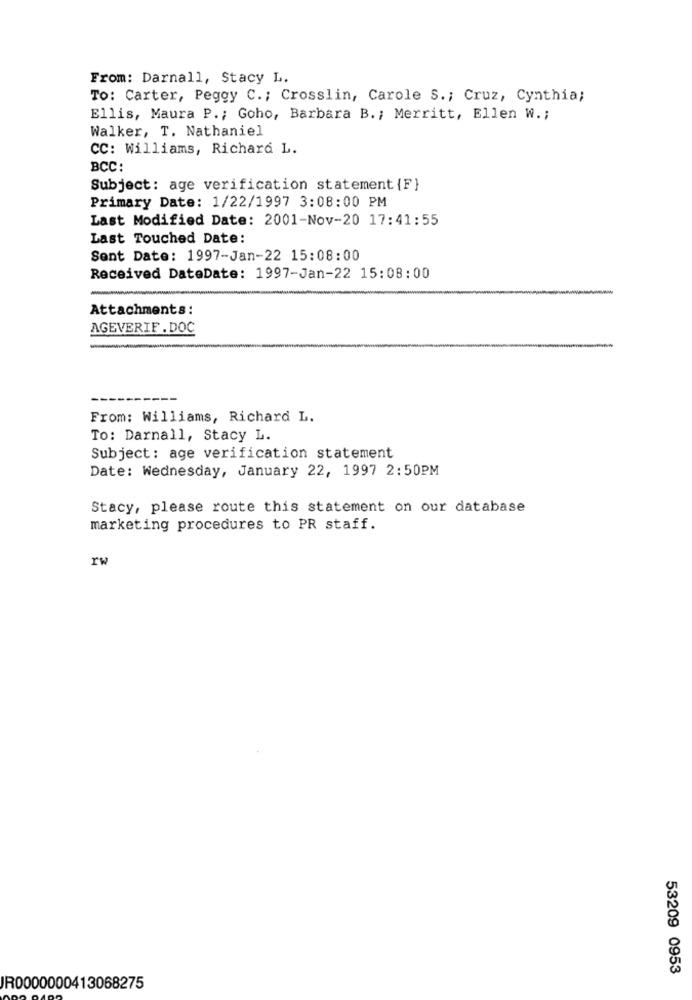
From: Darnall, Stacy L.
To: Carter, Peggy C .; Crosslin, Carole S .; Cruz, Cynthia;
Ellis, Maura P .; Goho, Barbara B .; Merritt, Ellen W .;
Walker, T. Nathaniel
CC: Williams, Richard L.
BCC:
Subject: age verification statement {F}
Primary Date: 1/22/1997 3:08:00 PM
Last Modified Date: 2001-Nov-20 17:41:55
Last Touched Date:
Sent Date: 1997-Jan-22 15:08:00
Received DateDate: 1997-Jan-22 15:08:00
Attachments:
AGEVERIF . DOC
From: Williams, Richard L.
To: Darnall, Stacy L.
Subject: age verification statement
Date: Wednesday, January 22, 1997 2:50PM
Stacy, please route this statement on our database
marketing procedures to PR staff.
rv
53209 0953
IR0000000413068275